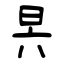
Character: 昗